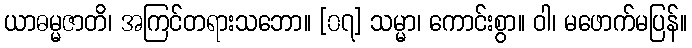
ယာဓမ္မဇာတိ၊ အကြင်တရားသဘော။ [၀၇] သမ္မာ၊ ကောင်းစွာ။ ဝါ၊ မဖောက်မပြန်။